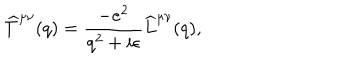
\widehat T ^ { \mu \nu } ( q ) = { \frac { - e ^ { 2 } } { q ^ { 2 } + i \epsilon } } \widehat L ^ { \mu \nu } ( q ) ,